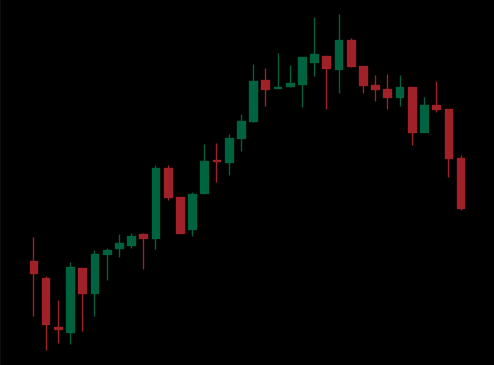
Pattern: bear_flag